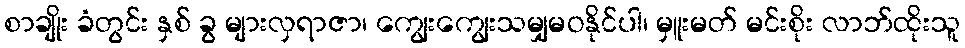
စာချိုး ခံတွင်း နှစ် ခွ များလှရာဇာ၊ ကျွေးကျွေးသမျှမဝနိုင်ပါ၊ မှူးမတ် မင်းစိုး လာဘ်ထိုးသူ